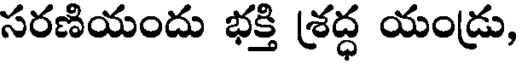
సరణియందు భక్తి శ్రద్ధ యండ్రు,